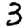
Digit: 3